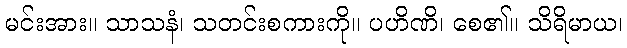
မင်းအား။ သာသနံ၊ သတင်းစကားကို။ ပဟိဏိ၊ စေ၏။ သိရိမာယ၊